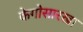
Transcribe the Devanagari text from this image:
केगोसारखा